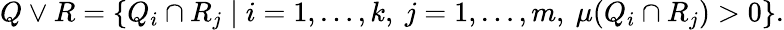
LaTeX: Q\vee R=\{ Q_{i}\cap R_{j}\mid i=1,\ldots,k,\ j=1,\ldots,m,\ \mu(Q_{i}\cap R_{j})>0\} .